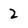
Character: 2